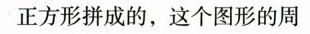
正方形拼成的，这个图形的周